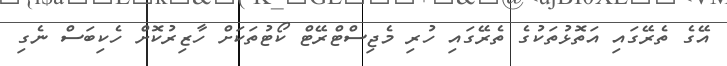
އޭގެ ތެރޭގައި އަތޮޅުތަކުގެ ތެރޭގައި ހުރި މެޖިސްޓްރޭޓް ކޯޓުތަކަށް ހާޒިރުކޮށް ހެކިބަސް ނެގި